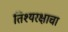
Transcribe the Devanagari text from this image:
तिश्यरक्षाचा